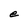
Character: e